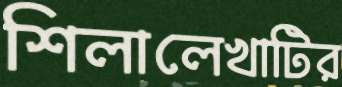
শিলালেখাটির